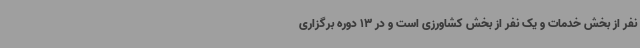
نفر از بخش خدمات و یک نفر از بخش کشاورزی است و در 13 دوره برگزاری